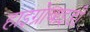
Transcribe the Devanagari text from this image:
हाइग्रोबाइडी